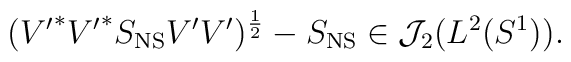
({V'}^*{V'}^*S_{\rm NS}V'V')^\frac{1}{2}-S_{\rm NS} \in{\cal J}_2(L^2(S^1)).